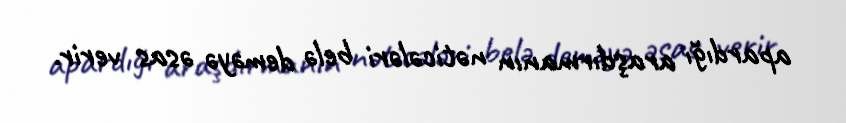
apardığı araşdırmanın nəticələri belə deməyə əsas verir.